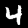
Label: 4